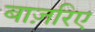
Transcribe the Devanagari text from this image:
बाज़रिए